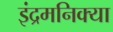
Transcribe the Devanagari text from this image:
इंद्रमनिक्या